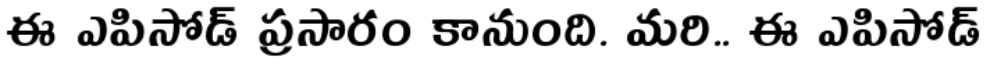
ఈ ఎపిసోడ్ ప్రసారం కానుంది. మరి.. ఈ ఎపిసోడ్